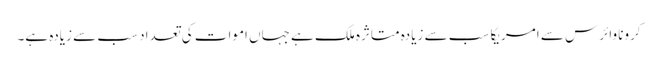
کرونا وائرس سے امریکا سب سے زیادہ متاثرہ ملک ہے جہاں اموات کی تعداد سب سے زیادہ ہے۔